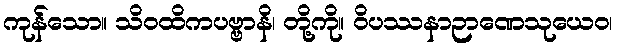
ကုန်သော။ သိဝထိကပဗ္ဗာနိ၊ တို့ကို။ ဝိပဿနာဉာဏေသုယေဝ၊